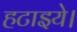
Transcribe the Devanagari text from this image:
हटाइये।